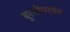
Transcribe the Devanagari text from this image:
बुरशींपर्यंत